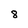
Character: 8